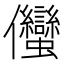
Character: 𱏣